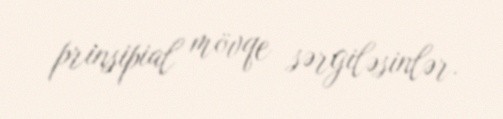
prinsipial mövqe sərgiləsinlər.